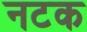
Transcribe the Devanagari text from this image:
नटक